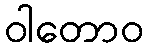
ဝါတောဝ